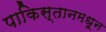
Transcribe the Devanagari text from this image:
पाकिस्तानमधून